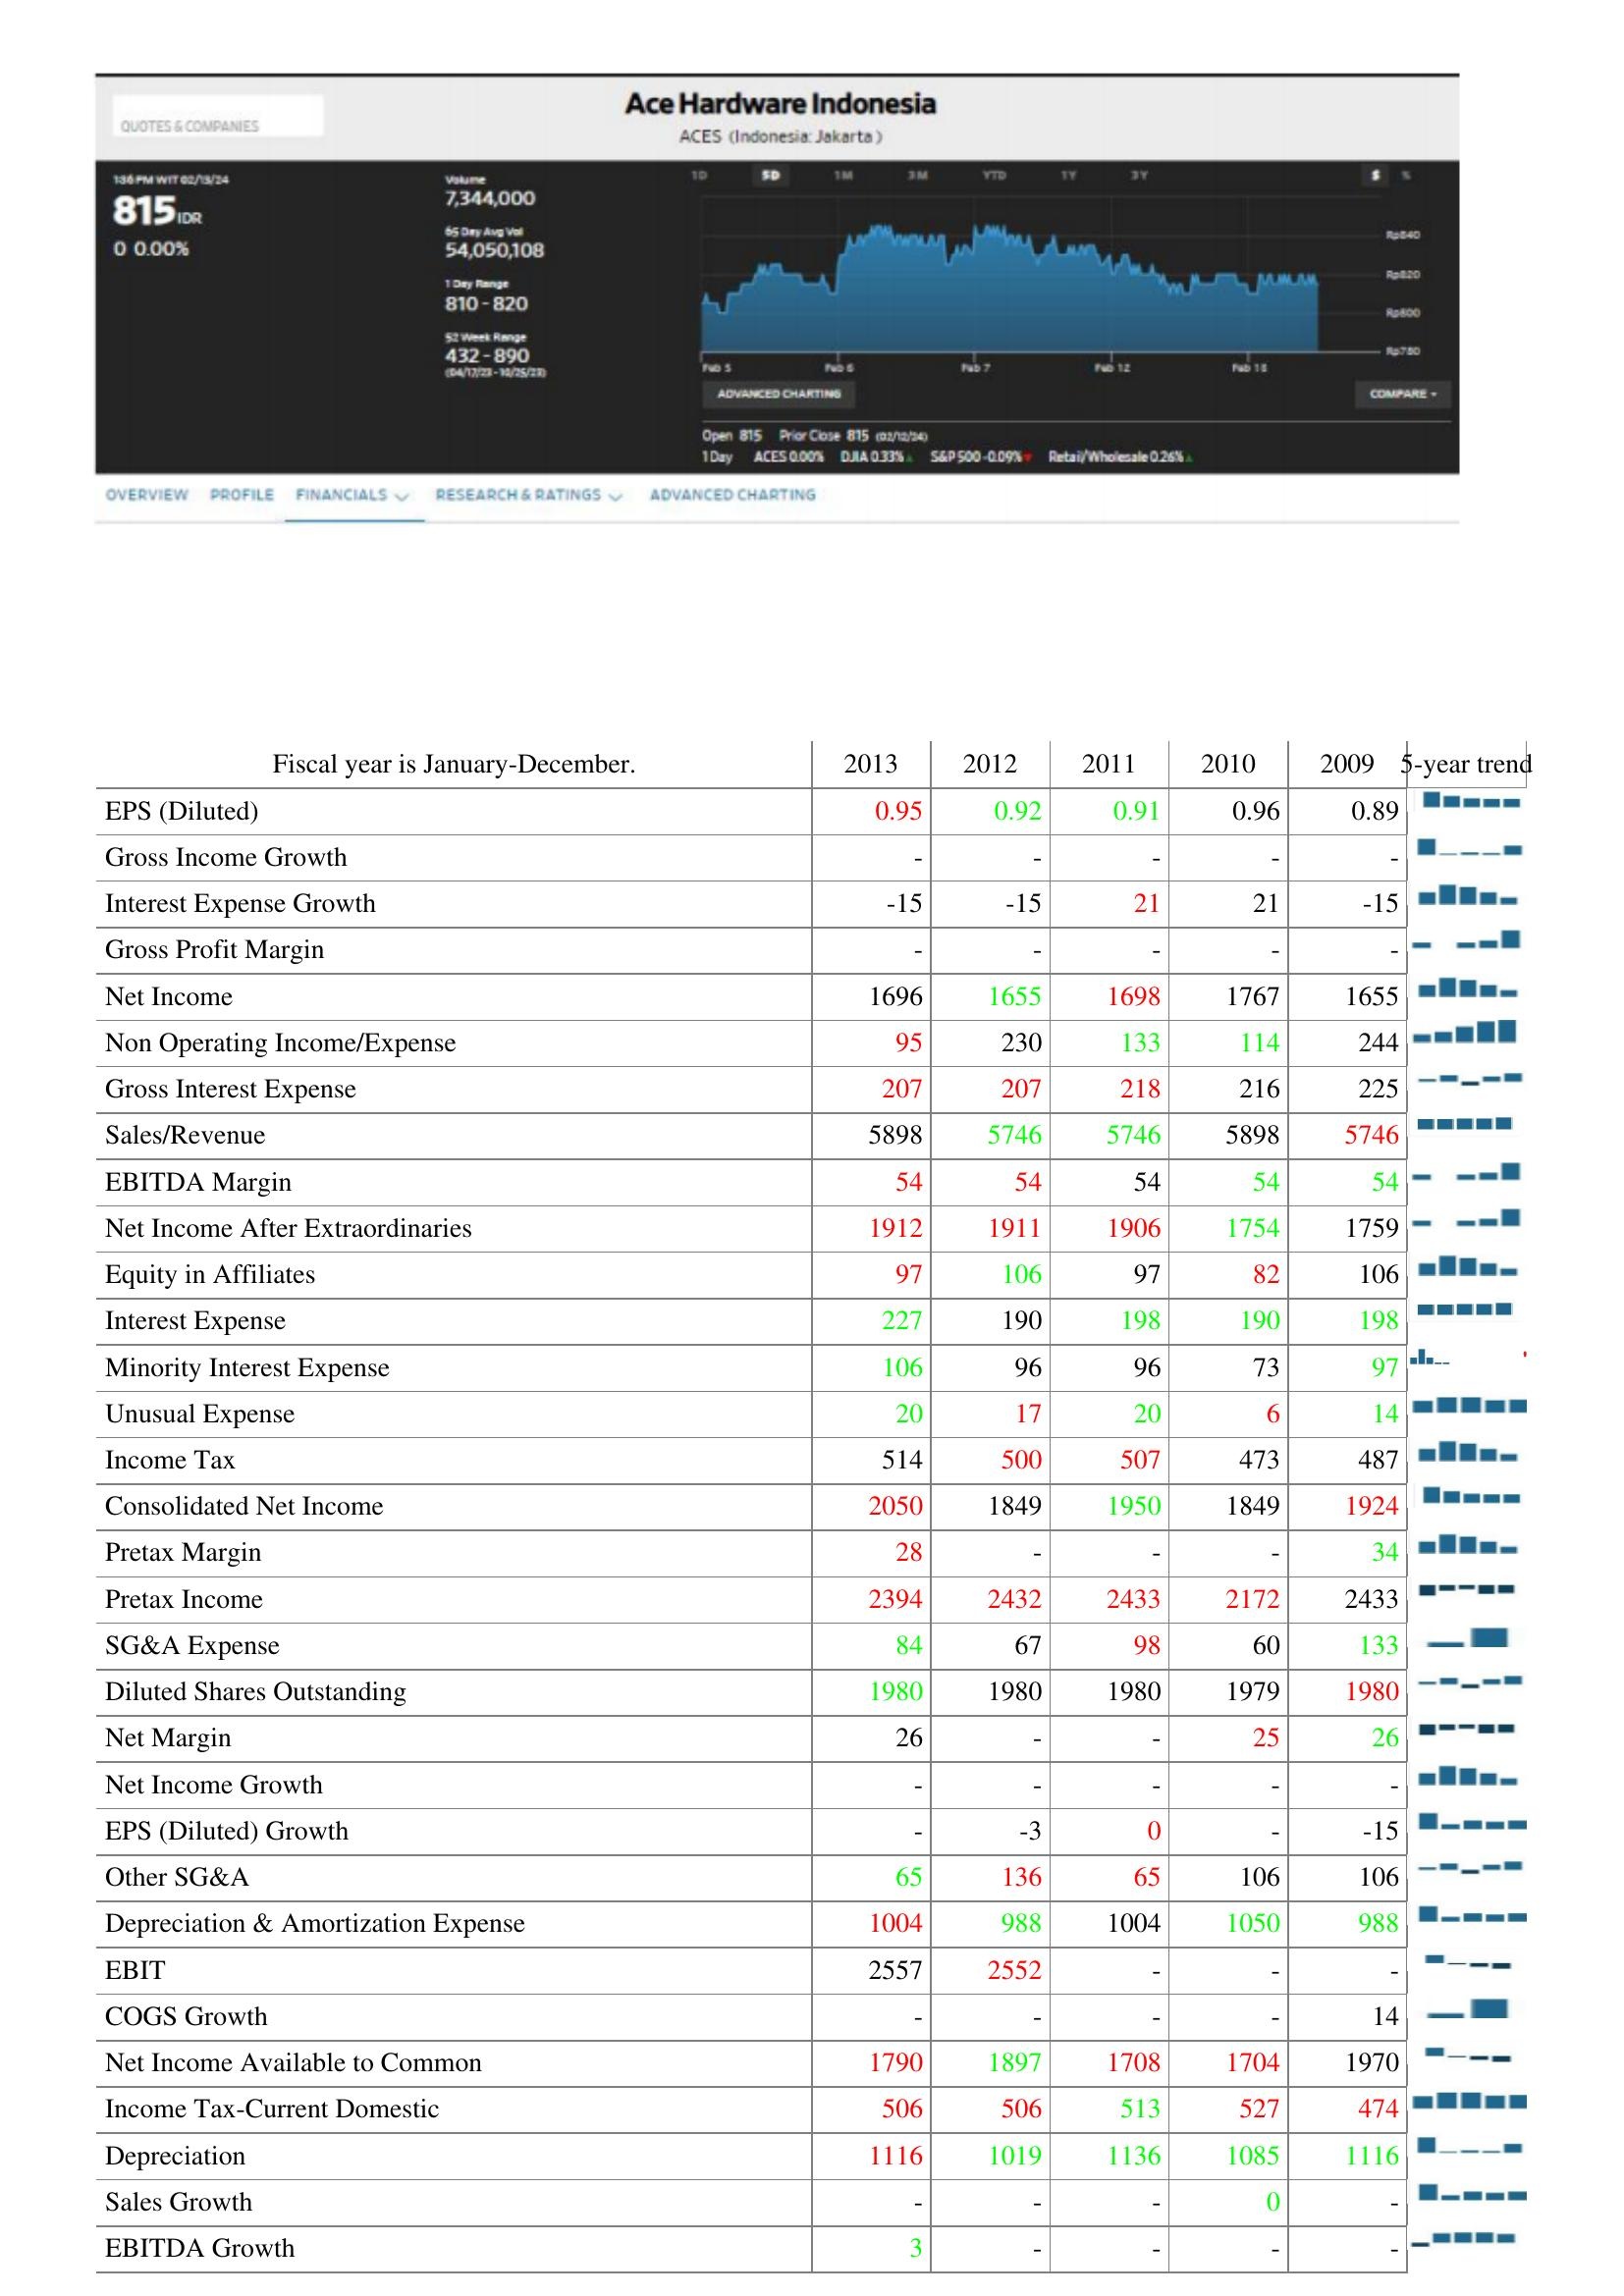
2013: : EPS (Diluted): 0.95
Gross Income Growth: -
Interest Expense Growth: -15
Gross Profit Margin: -
Net Income: 1696
Non Operating Income/Expense: 95
Gross Interest Expense: 207
Sales/Revenue: 5898
EBITDA Margin: 54
Net Income After Extraordinaries: 1912
Equity in Affiliates: 97
Interest Expense: 227
Minority Interest Expense: 106
Unusual Expense: 20
Income Tax: 514
Consolidated Net Income: 2050
Pretax Margin: 28
Pretax Income: 2394
SG&A Expense: 84
Diluted Shares Outstanding: 1980
Net Margin: 26
Net Income Growth: -
EPS (Diluted) Growth: -
Other SG&A: 65
Depreciation & Amortization Expense: 1004
EBIT: 2557
COGS Growth: -
Net Income Available to Common: 1790
Income Tax-Current Domestic: 506
Depreciation: 1116
Sales Growth: -
EBITDA Growth: 3
2012: : EPS (Diluted): 0.92
Gross Income Growth: -
Interest Expense Growth: -15
Gross Profit Margin: -
Net Income: 1655
Non Operating Income/Expense: 230
Gross Interest Expense: 207
Sales/Revenue: 5746
EBITDA Margin: 54
Net Income After Extraordinaries: 1911
Equity in Affiliates: 106
Interest Expense: 190
Minority Interest Expense: 96
Unusual Expense: 17
Income Tax: 500
Consolidated Net Income: 1849
Pretax Margin: -
Pretax Income: 2432
SG&A Expense: 67
Diluted Shares Outstanding: 1980
Net Margin: -
Net Income Growth: -
EPS (Diluted) Growth: -3
Other SG&A: 136
Depreciation & Amortization Expense: 988
EBIT: 2552
COGS Growth: -
Net Income Available to Common: 1897
Income Tax-Current Domestic: 506
Depreciation: 1019
Sales Growth: -
EBITDA Growth: -
2011: : EPS (Diluted): 0.91
Gross Income Growth: -
Interest Expense Growth: 21
Gross Profit Margin: -
Net Income: 1698
Non Operating Income/Expense: 133
Gross Interest Expense: 218
Sales/Revenue: 5746
EBITDA Margin: 54
Net Income After Extraordinaries: 1906
Equity in Affiliates: 97
Interest Expense: 198
Minority Interest Expense: 96
Unusual Expense: 20
Income Tax: 507
Consolidated Net Income: 1950
Pretax Margin: -
Pretax Income: 2433
SG&A Expense: 98
Diluted Shares Outstanding: 1980
Net Margin: -
Net Income Growth: -
EPS (Diluted) Growth: 0
Other SG&A: 65
Depreciation & Amortization Expense: 1004
EBIT: -
COGS Growth: -
Net Income Available to Common: 1708
Income Tax-Current Domestic: 513
Depreciation: 1136
Sales Growth: -
EBITDA Growth: -
2010: : EPS (Diluted): 0.96
Gross Income Growth: -
Interest Expense Growth: 21
Gross Profit Margin: -
Net Income: 1767
Non Operating Income/Expense: 114
Gross Interest Expense: 216
Sales/Revenue: 5898
EBITDA Margin: 54
Net Income After Extraordinaries: 1754
Equity in Affiliates: 82
Interest Expense: 190
Minority Interest Expense: 73
Unusual Expense: 6
Income Tax: 473
Consolidated Net Income: 1849
Pretax Margin: -
Pretax Income: 2172
SG&A Expense: 60
Diluted Shares Outstanding: 1979
Net Margin: 25
Net Income Growth: -
EPS (Diluted) Growth: -
Other SG&A: 106
Depreciation & Amortization Expense: 1050
EBIT: -
COGS Growth: -
Net Income Available to Common: 1704
Income Tax-Current Domestic: 527
Depreciation: 1085
Sales Growth: 0
EBITDA Growth: -
2009: : EPS (Diluted): 0.89
Gross Income Growth: -
Interest Expense Growth: -15
Gross Profit Margin: -
Net Income: 1655
Non Operating Income/Expense: 244
Gross Interest Expense: 225
Sales/Revenue: 5746
EBITDA Margin: 54
Net Income After Extraordinaries: 1759
Equity in Affiliates: 106
Interest Expense: 198
Minority Interest Expense: 97
Unusual Expense: 14
Income Tax: 487
Consolidated Net Income: 1924
Pretax Margin: 34
Pretax Income: 2433
SG&A Expense: 133
Diluted Shares Outstanding: 1980
Net Margin: 26
Net Income Growth: -
EPS (Diluted) Growth: -15
Other SG&A: 106
Depreciation & Amortization Expense: 988
EBIT: -
COGS Growth: 14
Net Income Available to Common: 1970
Income Tax-Current Domestic: 474
Depreciation: 1116
Sales Growth: -
EBITDA Growth: -